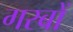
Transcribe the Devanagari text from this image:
गरबों